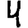
Digit: 4